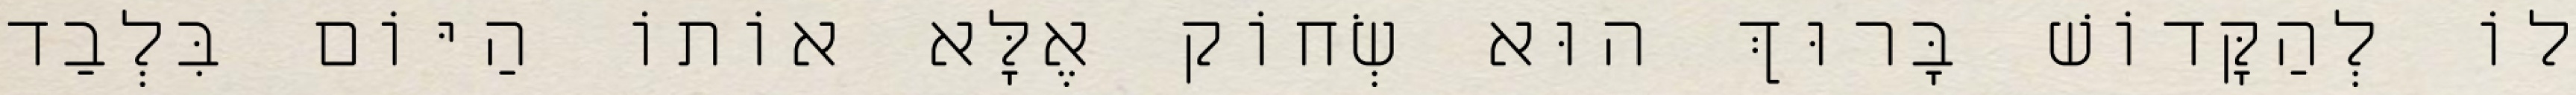
לוֹ לְהַקָּדוֹשׁ בָּרוּךְ הוּא שְׂחוֹק אֶלָּא אוֹתוֹ הַיּוֹם בִּלְבַד